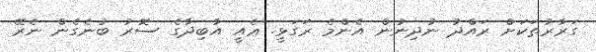
ގަރާރުތަކަށް ރައްދު ނުދިނުން އެންމެ ރަގަޅީ. ޢެއީ އާބިދާގެ ސޮރު ބުނެގެން ނެރޭ